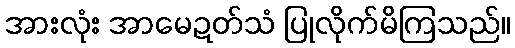
အားလုံး အာမေဍတ်သံ ပြုလိုက်မိကြသည်။